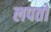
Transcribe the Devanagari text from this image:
लपतो